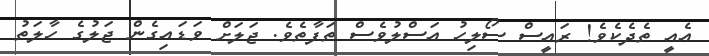
އެއީ ތެދެކެވެ! ރައީސް ސޯލިހު އަސްލުވެސް ތަފާތެވެ. ޖަލަށް ވަޑައިގެން ޖަލުގެ ހާލަތު